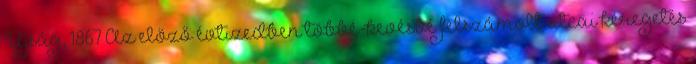
Ujság, 1867 Az előző évtizedben többé-kevésbé felszámolt utcai kéregetés